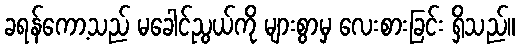
ခရန်ကော့သည် မခေါင်ညွယ်ကို များစွာမှ လေးစားခြင်း ရှိသည်။